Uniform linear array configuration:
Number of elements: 8
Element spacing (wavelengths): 1
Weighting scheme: blackman
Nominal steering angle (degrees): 0
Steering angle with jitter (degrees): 0.5388
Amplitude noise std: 0.05
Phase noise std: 0.05

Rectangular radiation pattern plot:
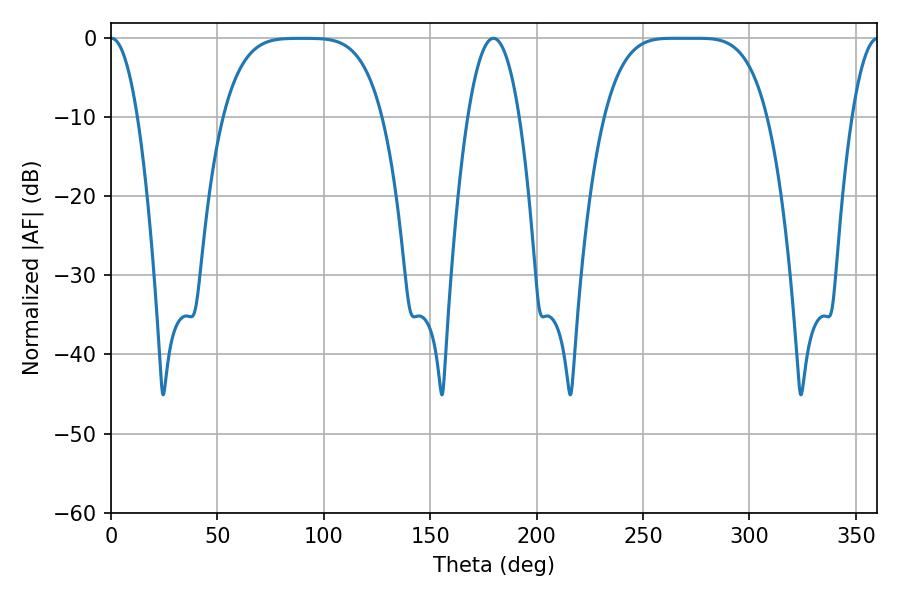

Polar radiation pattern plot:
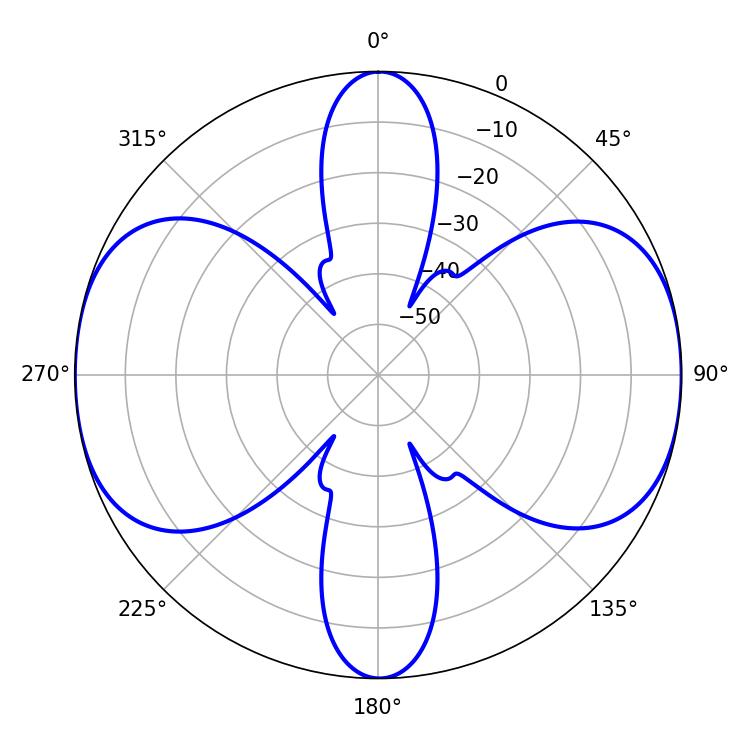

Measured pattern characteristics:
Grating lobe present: TRUE
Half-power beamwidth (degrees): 57.24
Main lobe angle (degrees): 264.42